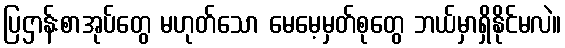
ပြဌာန်းစာအုပ်တွေ မဟုတ်သော မေမေ့မှတ်စုတွေ ဘယ်မှာရှိနိုင်မလဲ။